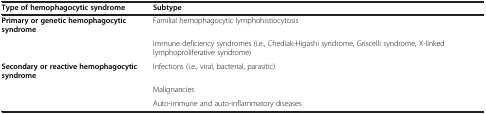
<table><thead><tr><td><b>Type of hemophagocytic syndrome</b></td><td><b>Subtype</b></td></tr></thead><tbody><tr><td><b>Primary or genetic hemophagocytic syndrome</b></td><td>Familial hemophagocytic lymphohistiocytosis</td></tr><tr><td> </td><td>Immune deficiency syndromes (i.e., Chediak-Higashi syndrome, Griscelli syndrome, X-linked lymphoproliferative syndrome)</td></tr><tr><td><b>Secondary or reactive hemophagocytic syndrome</b></td><td>Infections (i.e., viral, bacterial, parasitic)</td></tr><tr><td> </td><td>Malignancies</td></tr><tr><td> </td><td>Auto-immune and auto-inflammatory diseases</td></tr></tbody></table>